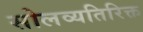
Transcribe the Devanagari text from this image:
सोलव्यतिरिक्त